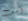
آسف